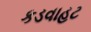
કડવાહટ